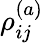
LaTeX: \rho_{ij}^{(a)}